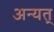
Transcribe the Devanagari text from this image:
अन्यत्